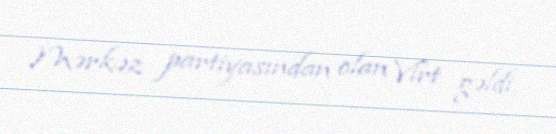
Mərkəz partiyasından olan Virt gəldi.